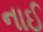
નાઈ